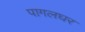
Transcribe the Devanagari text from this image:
पागलघर